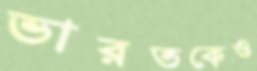
ভারতকেও